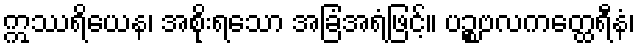
ဣဿရိယေန၊ အစိုးရသော အခြံအရံဖြင့်။ ပဉ္စဗလကတ္ထေရီနံ၊